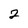
Character: 2